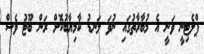
ޕްލެޓިނީ ވަނީ އެ މުބާރާތުގައި ނުވަ ލަނޑު ކާމިޔާބުކޮށް ރަން ބޫޓު ވެސް